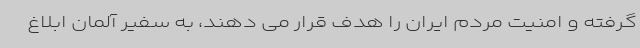
گرفته و امنیت مردم ایران را هدف قرار می دهند، به سفیر آلمان ابلاغ